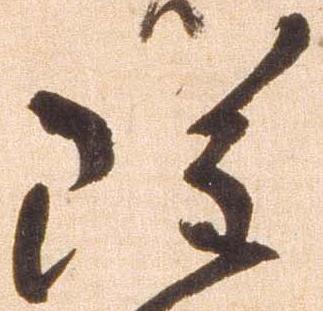
雖